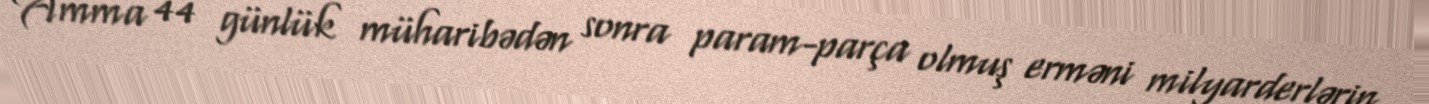
Amma 44 günlük müharibədən sonra param-parça olmuş erməni milyarderlərin,